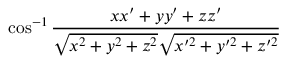
\cos ^ { - 1 } { \frac { x x ^ { \prime } + y y ^ { \prime } + z z ^ { \prime } } { { \sqrt { x ^ { 2 } + y ^ { 2 } + z ^ { 2 } } } { \sqrt { x ^ { \prime 2 } + y ^ { \prime 2 } + z ^ { \prime 2 } } } } }